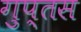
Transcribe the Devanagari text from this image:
गुप्तस